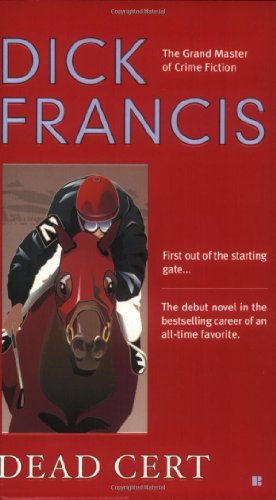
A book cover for Dead Cert; Dick Francis; Literature & Fiction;